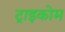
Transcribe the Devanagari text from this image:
ट्राइकोम